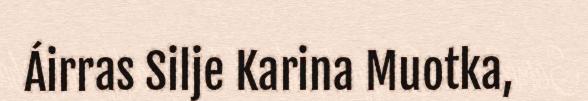
Áirras Silje Karina Muotka,